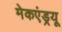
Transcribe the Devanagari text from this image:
मेकएंड्रयू